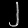
Digit: ၂